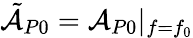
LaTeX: \tilde{\mathcal{A}}_{P0}=\mathcal{A}_{P0}|_{f=f_{0}}